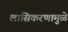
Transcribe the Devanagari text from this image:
लासिकरणामुळे